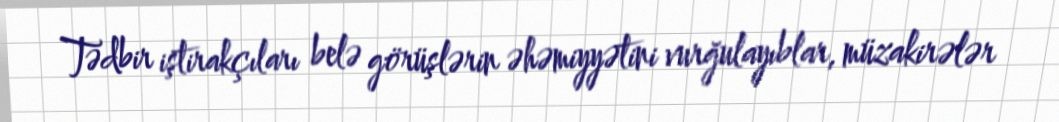
Tədbir iştirakçıları belə görüşlərin əhəmiyyətini vurğulayıblar, müzakirələr